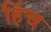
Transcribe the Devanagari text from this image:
हिंच